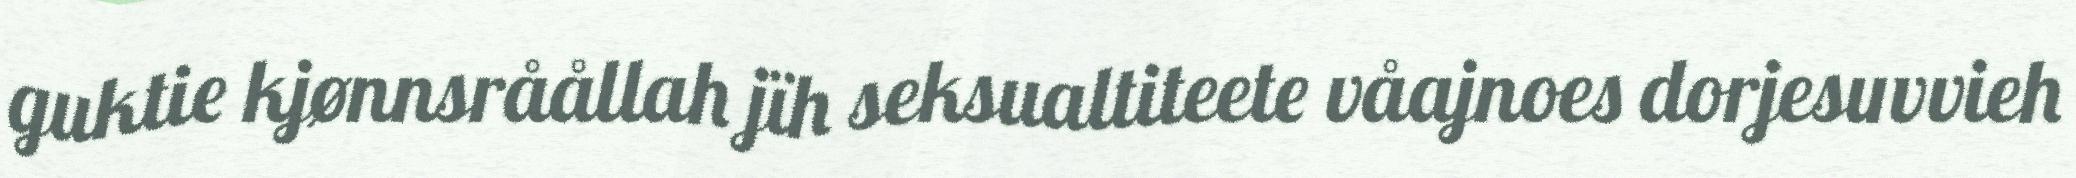
guktie kjønnsråållah jïh seksualtiteete våajnoes dorjesuvvieh